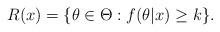
LaTeX: \begin{align*} R(x) &= \{\theta \in \Theta: f(\theta|x) \geq k\}. \end{align*}